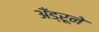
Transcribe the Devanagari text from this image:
अँड्रूने